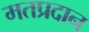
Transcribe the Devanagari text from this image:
मतप्रदान